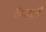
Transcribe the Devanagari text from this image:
समावर्ती